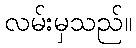
လမ်းမှသည်။